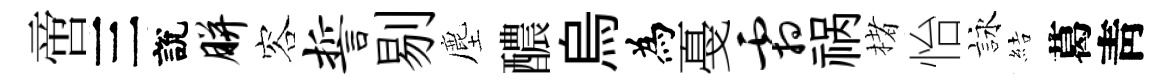
啻三說胼容誓剔塵醲烏為戞霜祸楮怡詠結葛靑